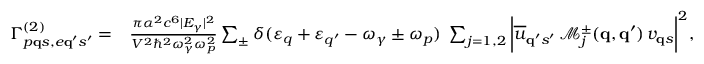
\begin{array} { r l } { \Gamma _ { p { \bf q } s , e { \bf q } ^ { \prime } s ^ { \prime } } ^ { ( 2 ) } = } & { \frac { \pi \alpha ^ { 2 } c ^ { 6 } | E _ { \gamma } | ^ { 2 } } { V ^ { 2 } \hbar ^ { 2 } \omega _ { \gamma } ^ { 2 } \omega _ { p } ^ { 2 } } \sum _ { \pm } \delta ( \varepsilon _ { q } + \varepsilon _ { q ^ { \prime } } - \omega _ { \gamma } \pm \omega _ { p } ) \; \sum _ { j = 1 , 2 } \bigg | \overline { { u } } _ { { \bf q } ^ { \prime } s ^ { \prime } } \, \mathcal { M } _ { j } ^ { \pm } ( { \bf q } , { \bf q } ^ { \prime } ) \, v _ { { \bf q } s } \bigg | ^ { 2 } , } \end{array}